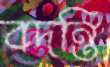
বদন্তি